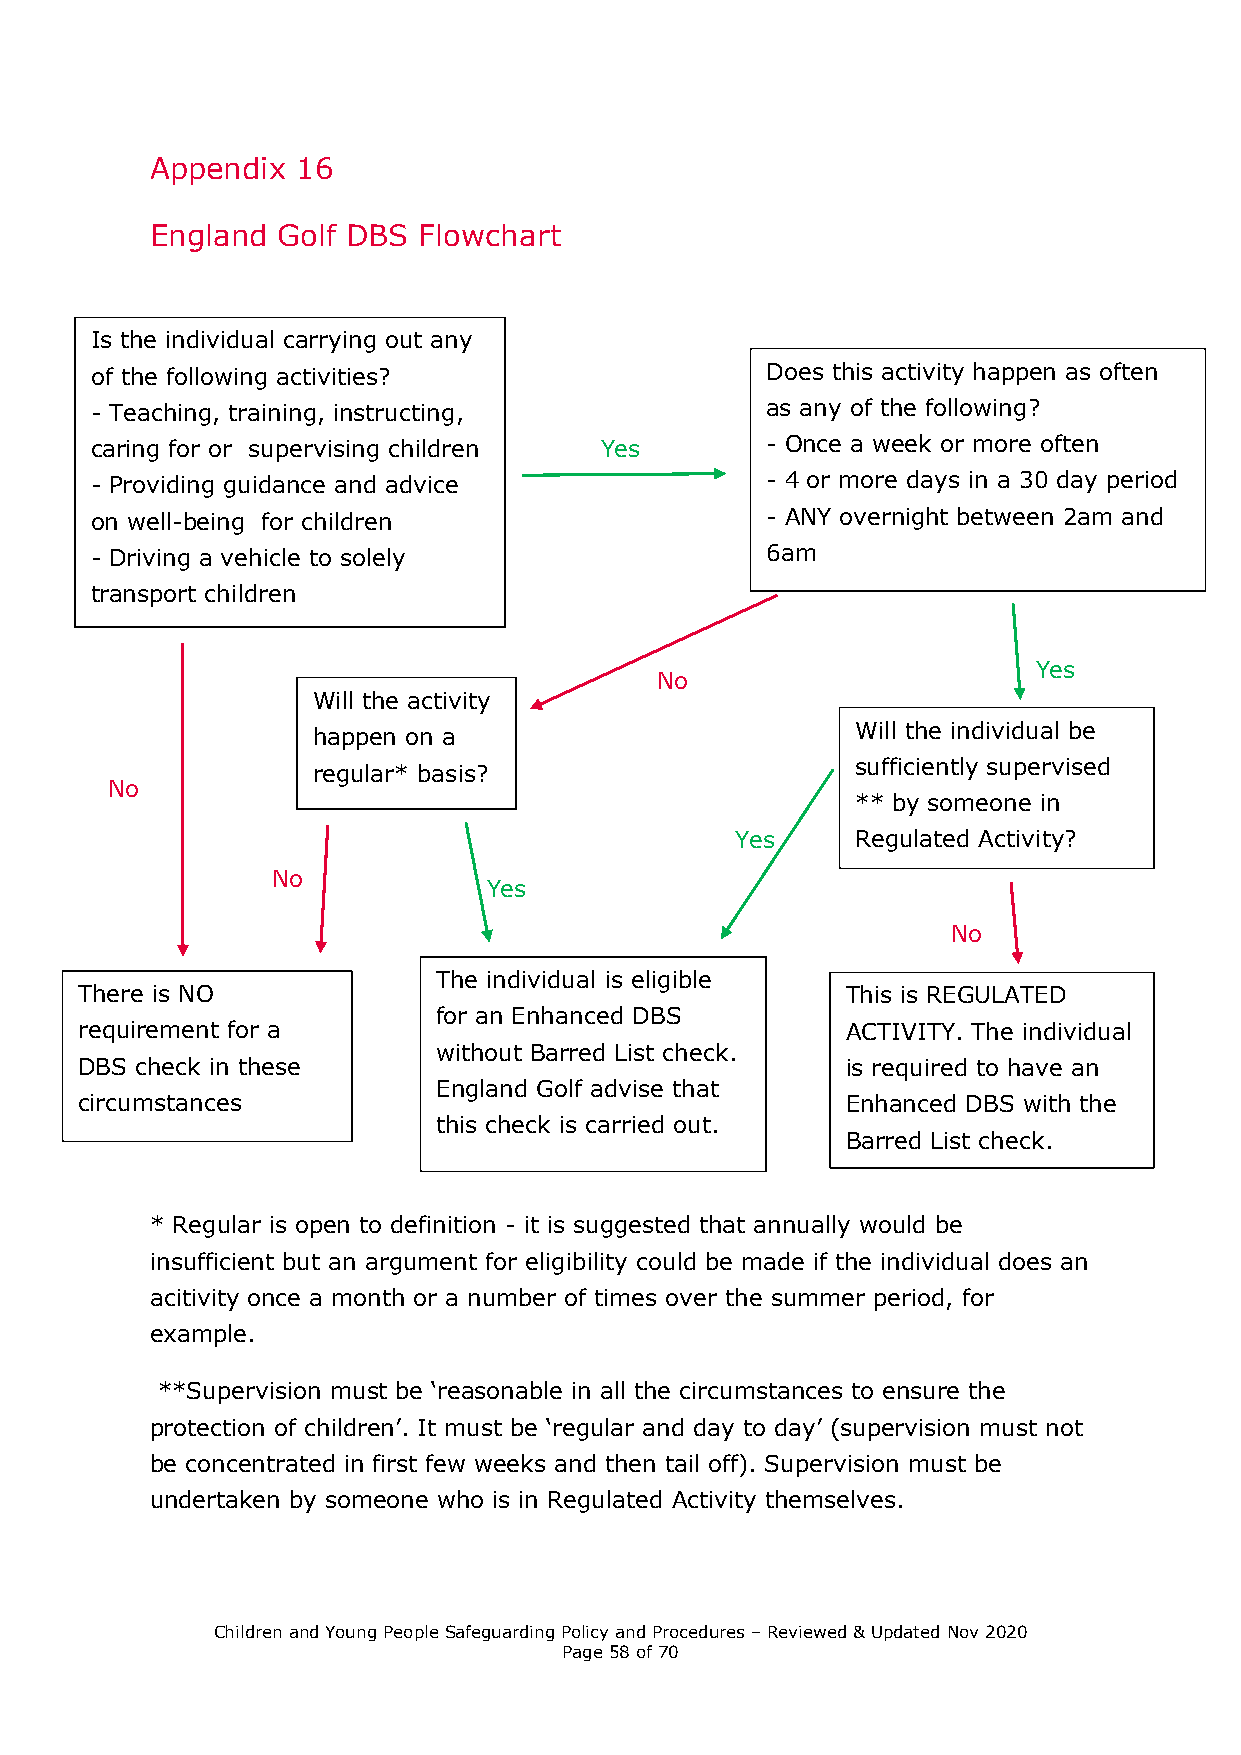
Appendix  16
 England Golf DBS  Flowchart
 Is the individual carrying out any
 of the following activities?                 Does this activity happen as often
 - Teaching, training, instructing,           as any of the following?
 caring for or supervising children Yes       - Once a week or more often
 - Providing guidance and advice              - 4 or more days in a 30 day period
 on well-being for children                   - ANY overnight between 2am and
 - Driving a vehicle to solely                6am
 transport children
 Yes
 No
 Will the activity
 Will the individual be
 happen on a
 sufficiently supervised
 regular* basis?
 No
 ** by someone in
 Yes     Regulated Activity?
 No
 Yes
 No
 The individual is eligible
 There is NO                                        This is REGULATED
 for an Enhanced DBS
 requirement for a                                  ACTIVITY. The individual
 without Barred List check.
 DBS check in these                                 is required to have an
 England Golf advise that
 circumstances                                      Enhanced DBS with the
 this check is carried out.
 Barred List check.
 * Regular is open to definition - it is suggested that annually would be
 insufficient but an argument for eligibility could be made if the individual does an
 acitivity once a month or a number of times over the summer period, for
 example.
 **Supervision must be ‘reasonable in all the circumstances to ensure the
 protection of children’. It must be ‘regular and day to day’ (supervision must not
 be concentrated in first few weeks and then tail off). Supervision must be
 undertaken by someone who is in Regulated Activity themselves.
 Children and Young People Safeguarding Policy and Procedures – Reviewed & Updated Nov 2020
 Page 58 of 70